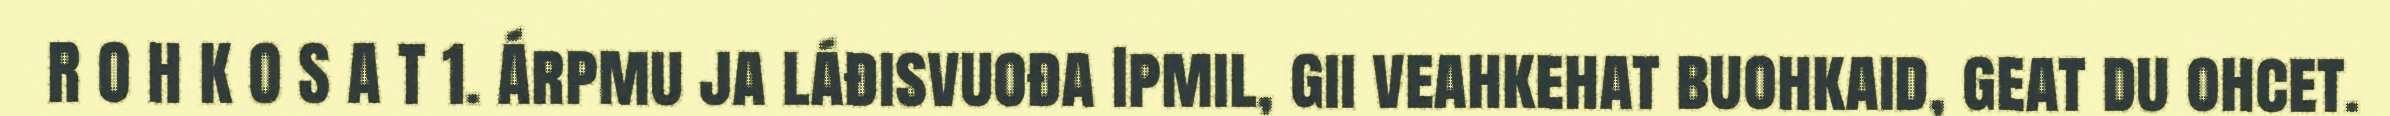
R O H K O S A T 1. Árpmu ja láđisvuođa Ipmil, gii veahkehat buohkaid, geat du ohcet.